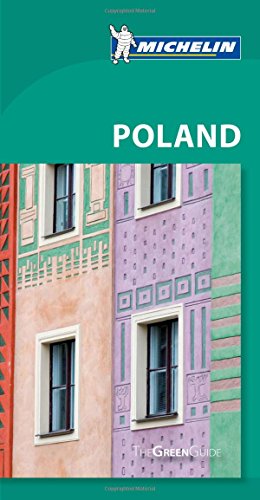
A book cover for Michelin Green Guide Poland (Green Guide/Michelin); Michelin Travel & Lifestyle; Travel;